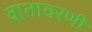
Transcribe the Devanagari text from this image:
वातावरणी